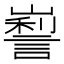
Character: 𡽜